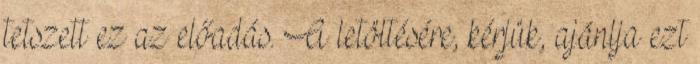
tetszett ez az előadás. A letöltésére, kérjük, ajánlja ezt